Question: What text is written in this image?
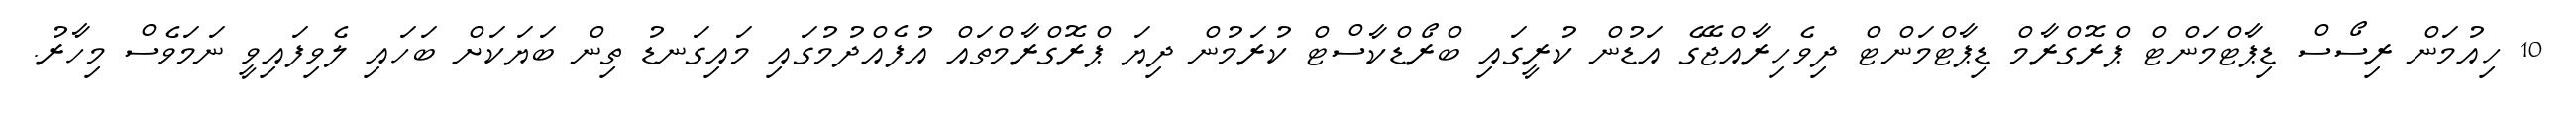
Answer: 10 ހިއުމަން ރިސޯސް ޑިޕާޓްމަންޓް ޕްރޮގްރާމް ޑިޕާޓްމަންޓް ދިވެހިރާއްޖޭގެ އަޑުން ކުރީގައި ބްރޯޑްކާސްޓް ކުރަމުން ދިޔަ ޕްރޮގްރާމްތައް އުފެއްދުމުގައި މައިގަނޑު ތިން ބަޔަކަށް ބަހައި ލެވިފައިވީ ނަމަވެސް މިހާރު.